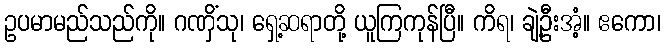
ဥပမာမည်သည်ကို။ ဂဏှိံသု၊ ရှေ့ဆရာတို့ ယူကြကုန်ပြီ။ ကိရ၊ ချဲ့ဦးအံ့။ ဧကော၊